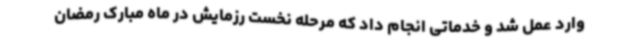
وارد عمل شد و خدماتی انجام داد که مرحله نخست رزمایش در ماه مبارک رمضان